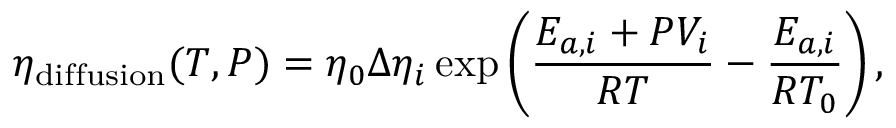
\eta _ { \mathrm { d i f f u s i o n } } ( T , P ) = \eta _ { 0 } \Delta \eta _ { i } \exp \left( \frac { E _ { a , i } + P V _ { i } } { R T } - \frac { E _ { a , i } } { R T _ { 0 } } \right) ,